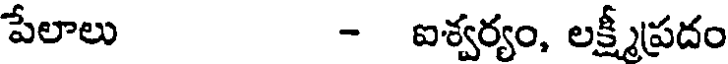
పేలాలు - ఐశ్వర్యం, లక్ష్మీప్రదం